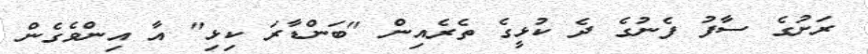
ރަށުގެ ސާފު ފެނުގެ ދެ ކުޅީގެ ތެރެއިން "ބަންޑާރަ ކިޅި" އާ އިންވެގެން